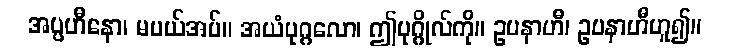
အပ္ပဟီနော၊ မပယ်အပ်။ အယံပုဂ္ဂလော၊ ဤပုဂ္ဂိုလ်ကို။ ဥပနာဟီ၊ ဥပနာဟီဟူ၍။